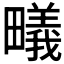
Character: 𭻳